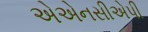
એએનસીએપી